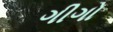
ગીગો